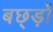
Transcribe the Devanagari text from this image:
बछ्ड़ों